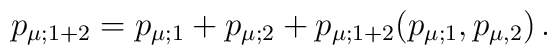
p_{\mu;1+2} = p_{\mu;1} + p_{\mu;2} +  p_{\mu;1+2}(p_{\mu;1},p_{\mu,2})\, .